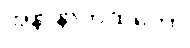
အနာနာကထိကော